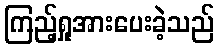
ကြည့်ရှုအားပေးခဲ့သည်